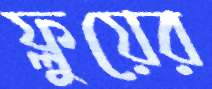
ফ্লুয়ের